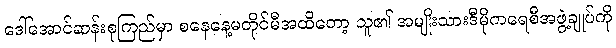
ဒေါ်အောင်ဆန်းစုကြည်မှာ စနေနေ့မတိုင်မီအထိတော့ သူ၏ အမျိုးသားဒီမိုကရေစီအဖွဲ့ချုပ်ကို